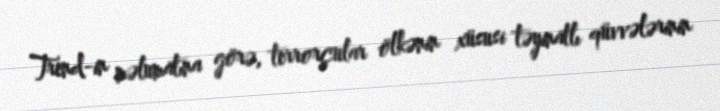
Trend-in məlumatına görə, terrorçular ölkənin xüsusi təyinatlı qüvvələrinin